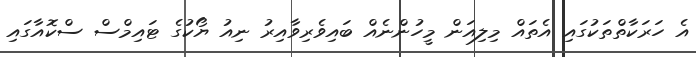
އެ ހަރަކާތްތަކުގައި އެތައް މިލިއަން މީހުންނެއް ބައިވެރިވާއިރު ނިއު ޔޯކުގެ ޓައިމްސް ސްކޮއާގައި